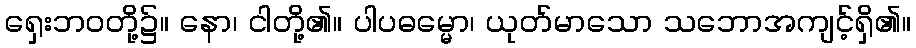
ရှေးဘဝတို့၌။ နော၊ ငါတို့၏။ ပါပဓမ္မော၊ ယုတ်မာသော သဘောအကျင့်ရှိ၏။